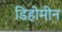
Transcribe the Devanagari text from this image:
डिहोमीन